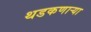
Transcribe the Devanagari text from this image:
थडकणार्‍या